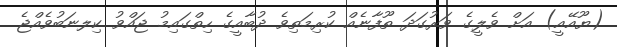
(ޔޫއޭއީ) އަށް ވެލީގެ ވަރުގަދަ ތޫފާނެއް ކުރިމަތިވެ ދުބާއީގެ ހިތްގައިމު ޖައްވު ކިލނަބުވެއްޖެ